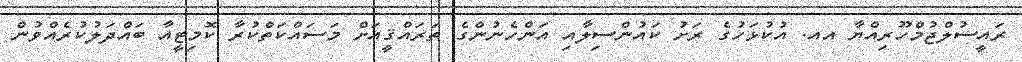
ރައީސުލްޖުމްހޫރިއްޔާ އއ. އުކުޅަހުގެ ރަށު ކައުންސިލާއި އަންހެނުންގެ ތަރައްޤީއަށް މަސައްކަތްކުރާ ކޮމިޓީއާ ބައްދަލުކުރެއްވުން